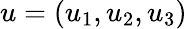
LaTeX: u=(u_{1},u_{2},u_{3})